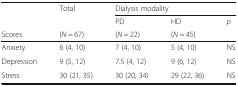
<table><thead><tr><td rowspan="2"></td><td><b>Total</b></td><td colspan="3"><b>Dialysis modality</b></td></tr><tr><td></td><td><b>PD</b></td><td><b>HD</b></td><td><b><i>p</i></b></td></tr><tr><td><b>Scores</b></td><td><b>(<i>N</i> = 67)</b></td><td><b>(<i>N</i> = 22)</b></td><td><b>(<i>N</i> = 45)</b></td><td></td></tr></thead><tbody><tr><td>Anxiety</td><td>6 (4, 10)</td><td>7 (4, 10)</td><td>5 (4, 10)</td><td>NS</td></tr><tr><td>Depression</td><td>9 (5, 12)</td><td>7.5 (4, 12)</td><td>9 (6, 12)</td><td>NS</td></tr><tr><td>Stress</td><td>30 (21, 35)</td><td>30 (20, 34)</td><td>29 (22, 36)</td><td>NS</td></tr></tbody></table>